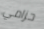
حزامي